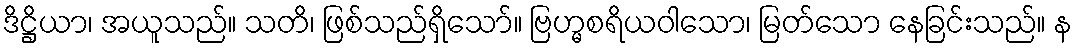
ဒိဋ္ဌိယာ၊ အယူသည်။ သတိ၊ ဖြစ်သည်ရှိသော်။ ဗြဟ္မစရိယဝါသော၊ မြတ်သော နေခြင်းသည်။ န